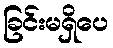
ခြင်းမရှိပေ